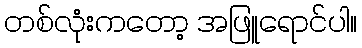
တစ်လုံးကတော့ အဖြူရောင်ပါ။